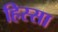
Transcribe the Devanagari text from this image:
हिस्सा